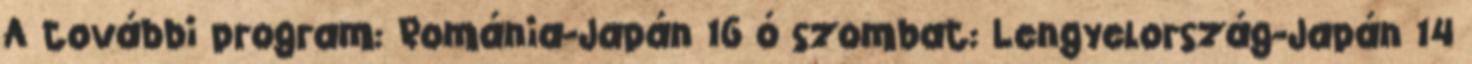
A további program: Románia-Japán 16 ó szombat: Lengyelország-Japán 14